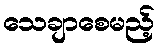
သေချာစေမည့်